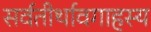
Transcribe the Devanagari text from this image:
सर्वतीर्थावगाहस्य